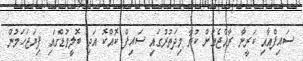
ސައިފްއާއި ކަރީނާ ރާއްޖެއަށް ކުރާ މިދަތުރުގައި ސައިފް ކޮއްކޮ އަދި ބޮލީވުޑްގައި ފިޔަޖަހަމުން